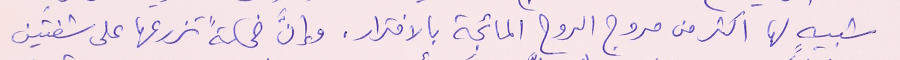
شبيهٍ لها اكثر من مروج الروح المائجة بالافترار. وإنَّ ضحكةً تزرعها على شفتَين